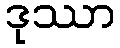
ဒုဿာ